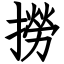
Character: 撈